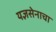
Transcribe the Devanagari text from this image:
यज्ञसेनाचा